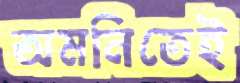
অমনিতেই